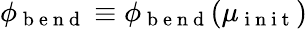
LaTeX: \phi_{\mathrm{~b~e~n~d~}}\equiv\phi_{\mathrm{~b~e~n~d~}}(\mu_{\mathrm{~i~n~i~t~}})